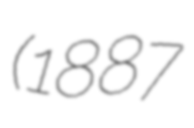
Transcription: (1887